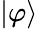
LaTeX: \left|\varphi\right\rangle